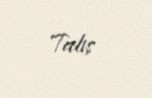
Talış